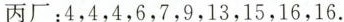
丙厂：4，4，4，6，7，9，13，15，16，16.